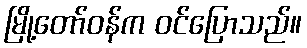
မြို့တော်ဝန်က ဝင်ပြောသည်။